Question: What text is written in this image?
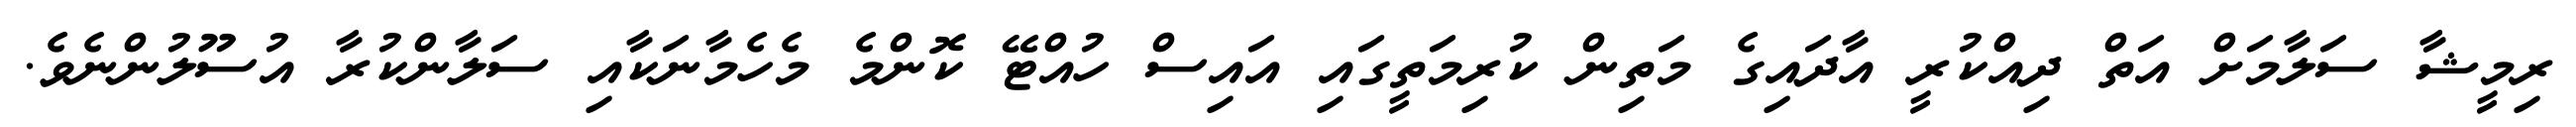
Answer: ރިމީޝާ ސަލާމަށް އަތް ދިއްކުރީ އާދައިގެ މަތިން ކުރިމަތީގައި އައިސް ހުއްޓޭ ކޮންމެ މެހެމާނަކާއި ސަލާންކުރާ އުސޫލުންނެވެ.